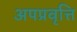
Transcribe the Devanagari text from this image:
अपप्रवृत्ति